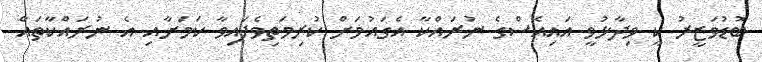
ބޮޑުވަޒީރު ކީ ވިދާޅުވީ އައިއެސްގެ ނުރައްކާ އެގައުމަށް ކުރިމަތިވެފައިވާ ކަމަށާއި އެ ނުރައްކާތައް